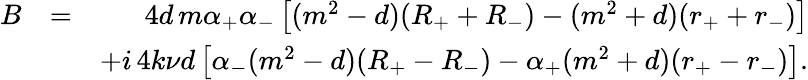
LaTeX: \begin{array}{rlr}{B}&{=}&{\quad 4d\, m\alpha_{+}\alpha_{-}\left[(m^{2}-d)(R_{+}+R_{-})-(m^{2}+d)(r_{+}+r_{-})\right]}\\ &{}&{+i\, 4k\nu d\left[\alpha_{-}(m^{2}-d)(R_{+}-R_{-})-\alpha_{+}(m^{2}+d)(r_{+}-r_{-})\right].}\end{array}